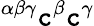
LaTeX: ^{\alpha\beta\gamma}\mathtt{c}^{\beta}\mathtt{c}^{\gamma}